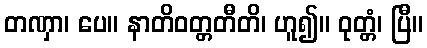
တဏှာ၊ ပေ။ နာတိဝတ္တတီတိ၊ ဟူ၍။ ဝုတ္တံ၊ ပြီ။